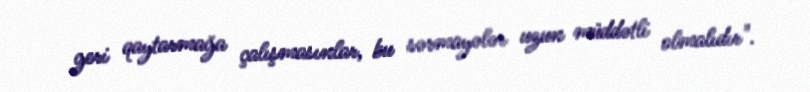
geri qaytarmağa çalışmasınlar, bu sərmayələr uzun müddətli olmalıdır".